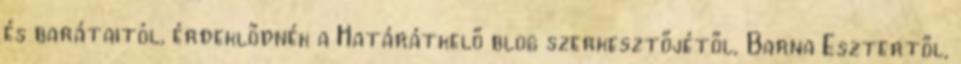
és barátaitól, érdeklődnék a Határátkelő blog szerkesztőjétől, Barna Esztertől,